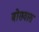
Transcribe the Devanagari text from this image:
बोसवास